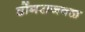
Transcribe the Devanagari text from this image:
डोंगराजवळ